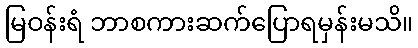
မြဝန်းရံ ဘာစကားဆက်ပြောရမှန်းမသိ။